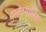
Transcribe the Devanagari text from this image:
पुस्तकमालिका